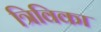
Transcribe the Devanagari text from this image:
त्रिविका